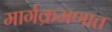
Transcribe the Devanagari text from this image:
मार्गक्रमणात